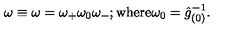
\omega \equiv \omega = \omega _ { + } \omega _ { 0 } \omega _ { - } ; \mathrm { w h e r e } \omega _ { 0 } = \hat { g } _ { ( 0 ) } ^ { - 1 } .